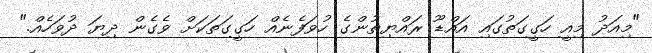
"މިއަދު މިއީ ހަގީގަތުގައި އައްޑޫ ރައްޔިތުންގެ ހުވަފެނެއް ހަގީގަތަކަށް ވެގެން ދިޔަ ދުވަހެއް."